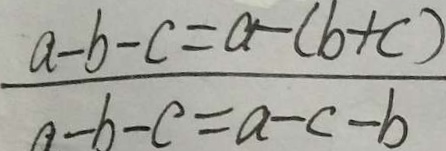
\frac { a - b - c = a - ( b + c ) } { a - b - c = a - c - b }